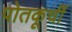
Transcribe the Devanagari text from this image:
पोतकूर्ची